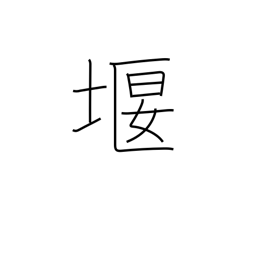
Meaning: prevent